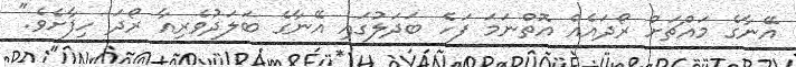
އޭނާގެ މައްޗަށް ރޯދައެއް އޮތްނަމަ ފަހެ ބަދަލުގައި އޭނާގެ ބަލަދުވެރިއާ ރޯދަ ހިފާށެވެ."